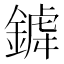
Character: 𨩞